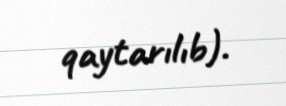
qaytarılıb).